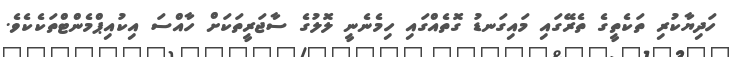
ހަދިޔާކުރި ތަކެތީގެ ތެރޭގައި މައިގަނޑު ގޮތެއްގައި ހިމެނެނީ ލޮލުގެ ސާޖަރީތަކަށް ހާއްސަ އިކުއިޕްމެންޓްތަކެކެވެ.